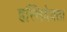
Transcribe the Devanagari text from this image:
हस्तिदेवता